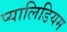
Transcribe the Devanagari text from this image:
प्यालिडियम